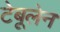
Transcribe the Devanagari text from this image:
टेबूलेन